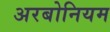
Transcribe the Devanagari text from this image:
अरबोनियम